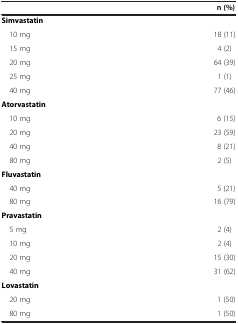
|  | n (%) |
 | --- | --- |
 | Simvastatin |  |
 | 10 mg | 18 (11) |
 | 15 mg | 4 (2) |
 | 20 mg | 64 (39) |
 | 25 mg | 1 (1) |
 | 40 mg | 77 (46) |
 | Atorvastatin |  |
 | 10 mg | 6 (15) |
 | 20 mg | 23 (59) |
 | 40 mg | 8 (21) |
 | 80 mg | 2 (5) |
 | Fluvastatin |  |
 | 40 mg | 5 (21) |
 | 80 mg | 16 (79) |
 | Pravastatin |  |
 | 5 mg | 2 (4) |
 | 10 mg | 2 (4) |
 | 20 mg | 15 (30) |
 | 40 mg | 31 (62) |
 | Lovastatin |  |
 | 20 mg | 1 (50) |
 | 80 mg | 1 (50) |